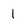
Character: l